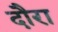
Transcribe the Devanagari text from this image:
दौरा